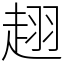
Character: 趐